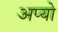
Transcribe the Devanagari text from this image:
अप्यो